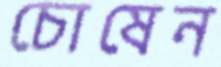
চোষেন